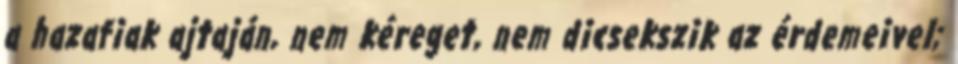
a hazafiak ajtaján, nem kéreget, nem dicsekszik az érdemeivel;